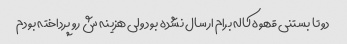
دو تا بستنی قهوه کاله برام ارسال نشده بود ولی هزینه ش رو پرداخته بودم